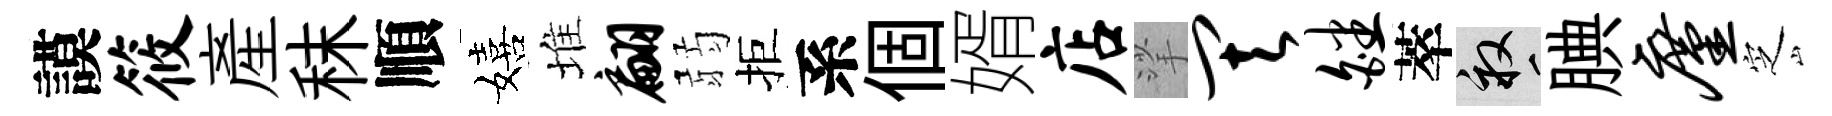
謨筱産秣順嬉堆翩弱拒系個婿店挲其皤萃畝腆廑㝎